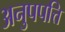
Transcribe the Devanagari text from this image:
अनुपपत्ति